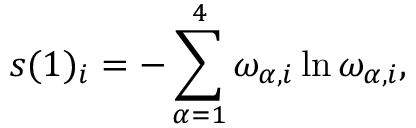
s ( 1 ) _ { i } = - \sum _ { \alpha = 1 } ^ { 4 } \omega _ { \alpha , i } \ln \omega _ { \alpha , i } ,